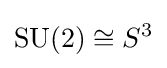
\operatorname {SU} (2)\cong S^{3}